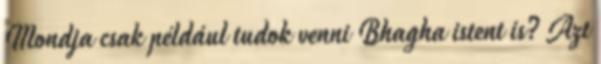
Mondja csak például tudok venni Bhagha istent is? Azt